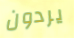
يردون